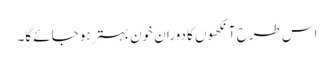
اس طرح آنکھوں کا دوران خون بہتر ہو جائے گا۔